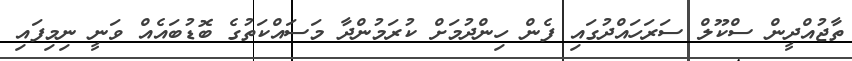
ތާޖުއްދީން ސްކޫލް ސަރަހައްދުގައި ފެން ހިންދުމަށް ކުރަމުންދާ މަސައްކަތުގެ ބޮޑުބައެއް ވަނީ ނިމިފައި